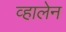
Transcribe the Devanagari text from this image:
व्हालेन